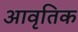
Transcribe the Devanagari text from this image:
आवृतिक